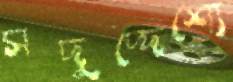
সদুদ্দেশ্যে